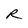
Character: R